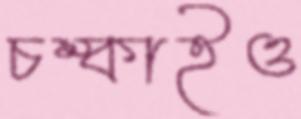
চম্‌কাইও